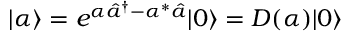
| \alpha \rangle = e ^ { \alpha { \hat { a } } ^ { \dagger } - \alpha ^ { * } { \hat { a } } } | 0 \rangle = D ( \alpha ) | 0 \rangle